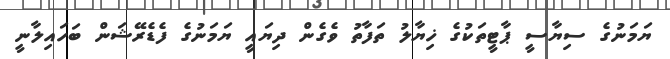
ޔަމަނުގެ ސިޔާސީ ޕާޓީތަކުގެ ޚިޔާލު ތަފާތު ވެގެން ދިޔައީ ޔަމަނުގެ ފެޑެރޭޝަން ބަހައިލާނީ